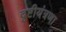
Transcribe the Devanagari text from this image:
दृष्टीयंत्रणा